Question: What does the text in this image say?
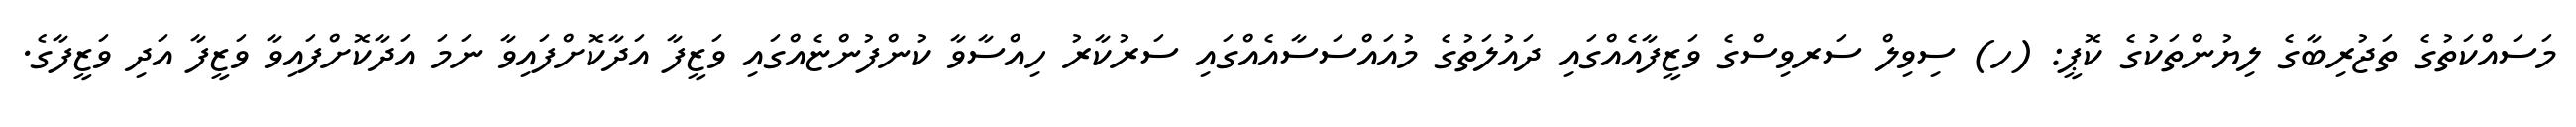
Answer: މަސައްކަތުގެ ތަޖުރިބާގެ ލިޔުންތަކުގެ ކޮޕީ: (ހ) ސިވިލް ސަރވިސްގެ ވަޒީފާއެއްގައި ދައުލަތުގެ މުއައްސަސާއެއްގައި ސަރުކާރު ހިއްސާވާ ކުންފުންޏެއްގައި ވަޒީފާ އަދާކޮށްފައިވާ ނަމަ އަދާކޮށްފައިވާ ވަޒީފާ އަދި ވަޒީފާގެ.